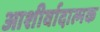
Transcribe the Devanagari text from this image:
आशीर्वादात्मक